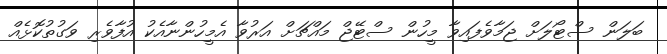
ބަލަން ސްޓޯލަށް ޖަމާވެފައިވާ މީހުން ސްޓޭޖް މައްޗަށް އަރުވާ އެމީހުންނާއެކު އުފާވެރި ވަގުތުކޮޅެއް